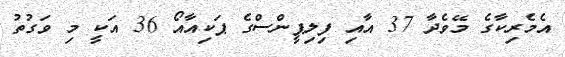
އެމެރިކާގެ މޭވެދާ 37 އާއި ފިލިޕީންސްގެ ޕަކިއާއޯ 36 އަކީ މި ވަގުތު